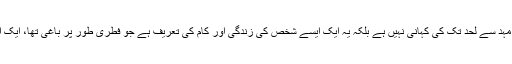
فلم سے متعلق گفتگو کرتے ہوئے نندیتا داس نے کہا کہ ”یہ مہد سے لحد تک کی کہانی نہیں ہے بلکہ یہ ایک ایسے شخص کی زندگی اور کام کی تعریف ہے جو فطری طور پر باغی تھا، ایک ایسا آدمی جو سرگرم کارکن بنے بغیر ہی لہر کے خلاف گیا۔